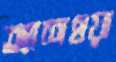
অ্যাশওয়া